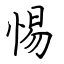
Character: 惕